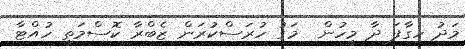
މަދު ހިގާފަ ދާ މީހުން  މަގު ހުރަސްކުރަން ޒެބްރާ ކޮސްމަތީ ހުއްޓާ